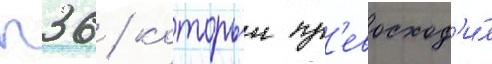
п36 / которыи пр'евосход'и́л